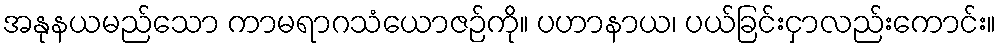
အနုနယမည်သော ကာမရာဂသံယောဇဉ်ကို။ ပဟာနာယ၊ ပယ်ခြင်းငှာလည်းကောင်း။